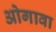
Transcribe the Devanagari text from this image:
ओगावा